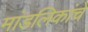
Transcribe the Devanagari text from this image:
मांडलिकांचे